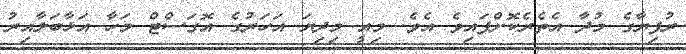
ރުފިޔާގެ މުދާ އެތެރެކޮށްފައިވެ އެވެ. މިއީ މިދިޔަ އަހަރުގެ އޮގަސްޓް މަހާ އަޅާބަލާއިރު